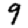
Digit: 9